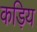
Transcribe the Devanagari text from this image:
कड़िय